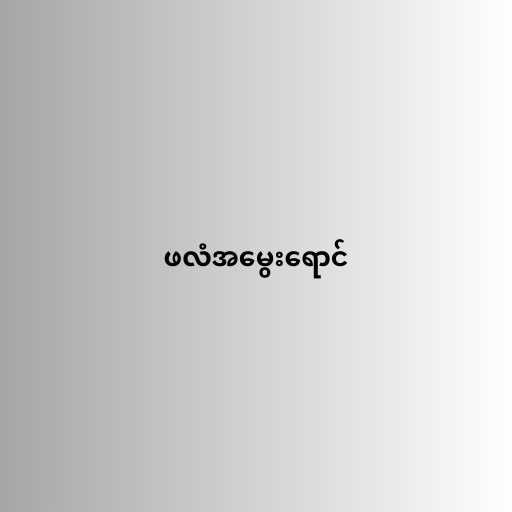
ဖလံအမွေးရောင်